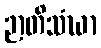
ဉာတိသံဃာ